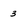
Character: 3